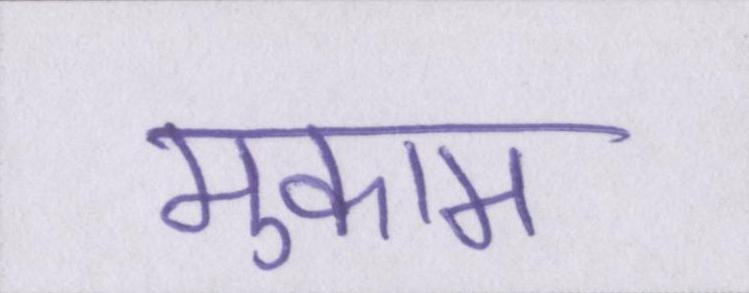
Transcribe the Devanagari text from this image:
मुकाम